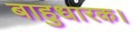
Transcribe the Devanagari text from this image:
बाहुधारक।